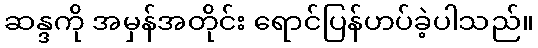
ဆန္ဒကို အမှန်အတိုင်း ရောင်ပြန်ဟပ်ခဲ့ပါသည်။